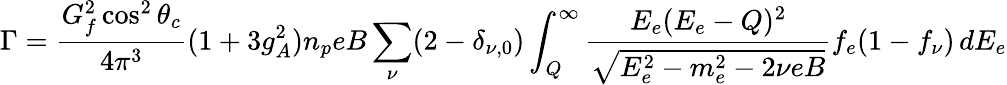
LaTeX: \Gamma=\frac{G_{f}^{2}\cos^{2}\theta_{c}}{4\pi^{3}}(1+3g_{A}^{2})n_{p}eB\sum_{\nu}(2-\delta_{\nu,0})\int_{Q}^{\infty}\frac{E_{e}(E_{e}-Q)^{2}}{\sqrt{E_{e}^{2}-m_{e}^{2}-2\nu eB}}f_{e}(1-f_{\nu})\, dE_{e}